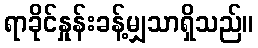
ရာခိုင်နှုန်းခန့်မျှသာရှိသည်။